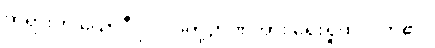
တရားဟု ယောဂီပုဂ္ဂိုလ်တို့ဉာဏ်အား ရှေးရှုထင်လာ၏။